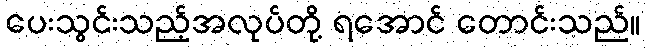
ပေးသွင်းသည့်အလုပ်တို့ ရအောင် တောင်းသည်။